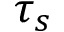
\tau _ { s }